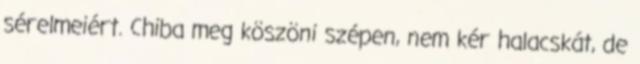
sérelmeiért. Chiba meg köszöni szépen, nem kér halacskát, de